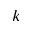
k